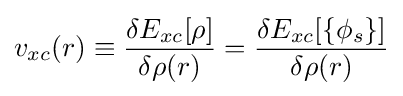
v_{xc}(r)\equiv {\frac {\delta E_{xc}[\rho ]}{\delta \rho (r)}}={\frac {\delta E_{xc}[\{\phi _{s}\}]}{\delta \rho (r)}}